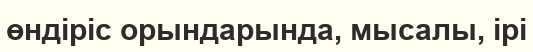
өндіріс орындарында, мысалы, ірі